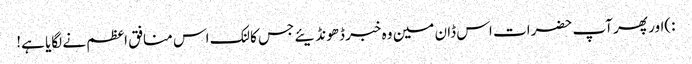
:)اور پھر آپ حضرات اس ڈان مین وہ خبر ڈھونڈیئے جس کا لنک اس منافق اعظم نے لگایا ہے!